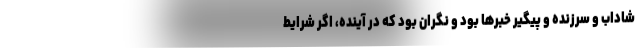
شاداب و سرزنده و پیگیر خبرها بود و نگران بود که در آینده، اگر شرایط